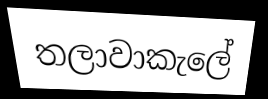
තලාවාකැලේ